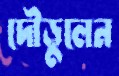
দৌড়ুলেন